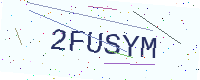
Text: 2FUSYM